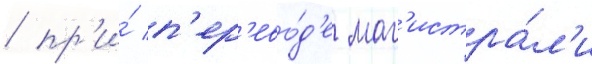
/ пр'и́ п'ер'ево́д'е маг'истра́л'и